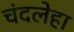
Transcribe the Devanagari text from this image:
चंदलेहा